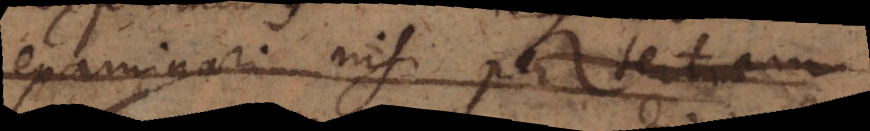
examinari nisi per tertiam